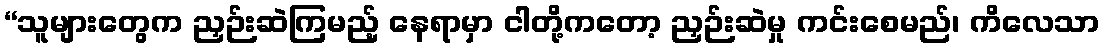
“သူများတွေက ညှဉ်းဆဲကြမည့် နေရာမှာ ငါတို့ကတော့ ညှဉ်းဆဲမှု ကင်းစေမည်၊ ကိလေသာ